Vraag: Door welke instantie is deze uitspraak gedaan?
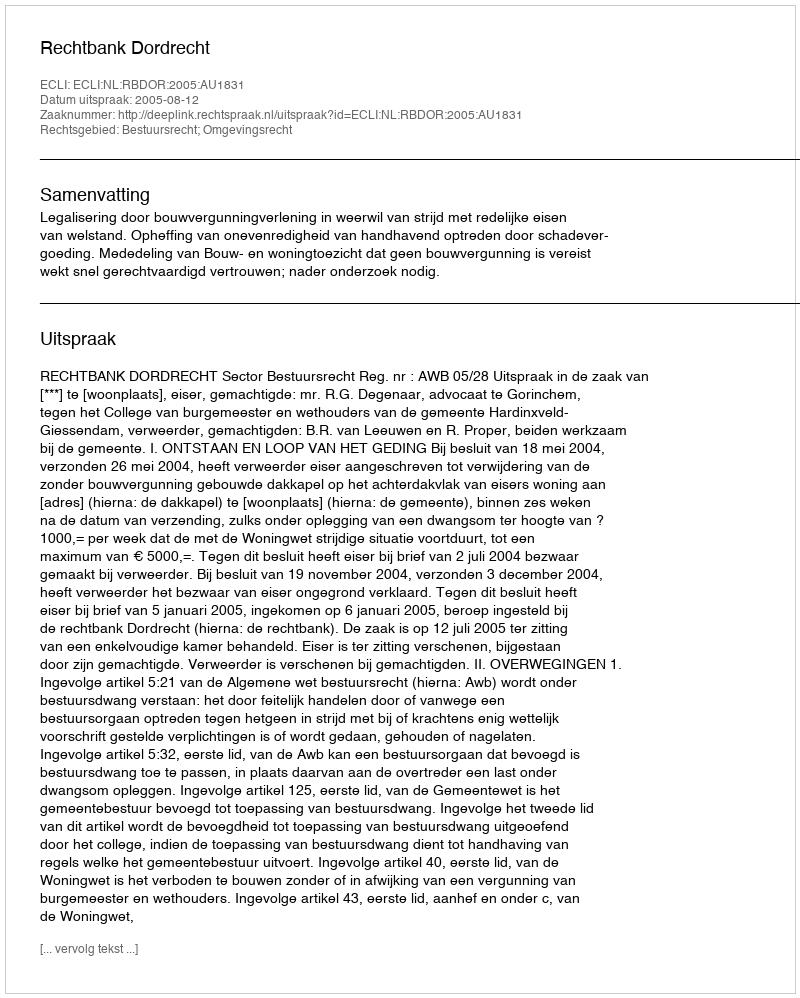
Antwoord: Rechtbank Dordrecht